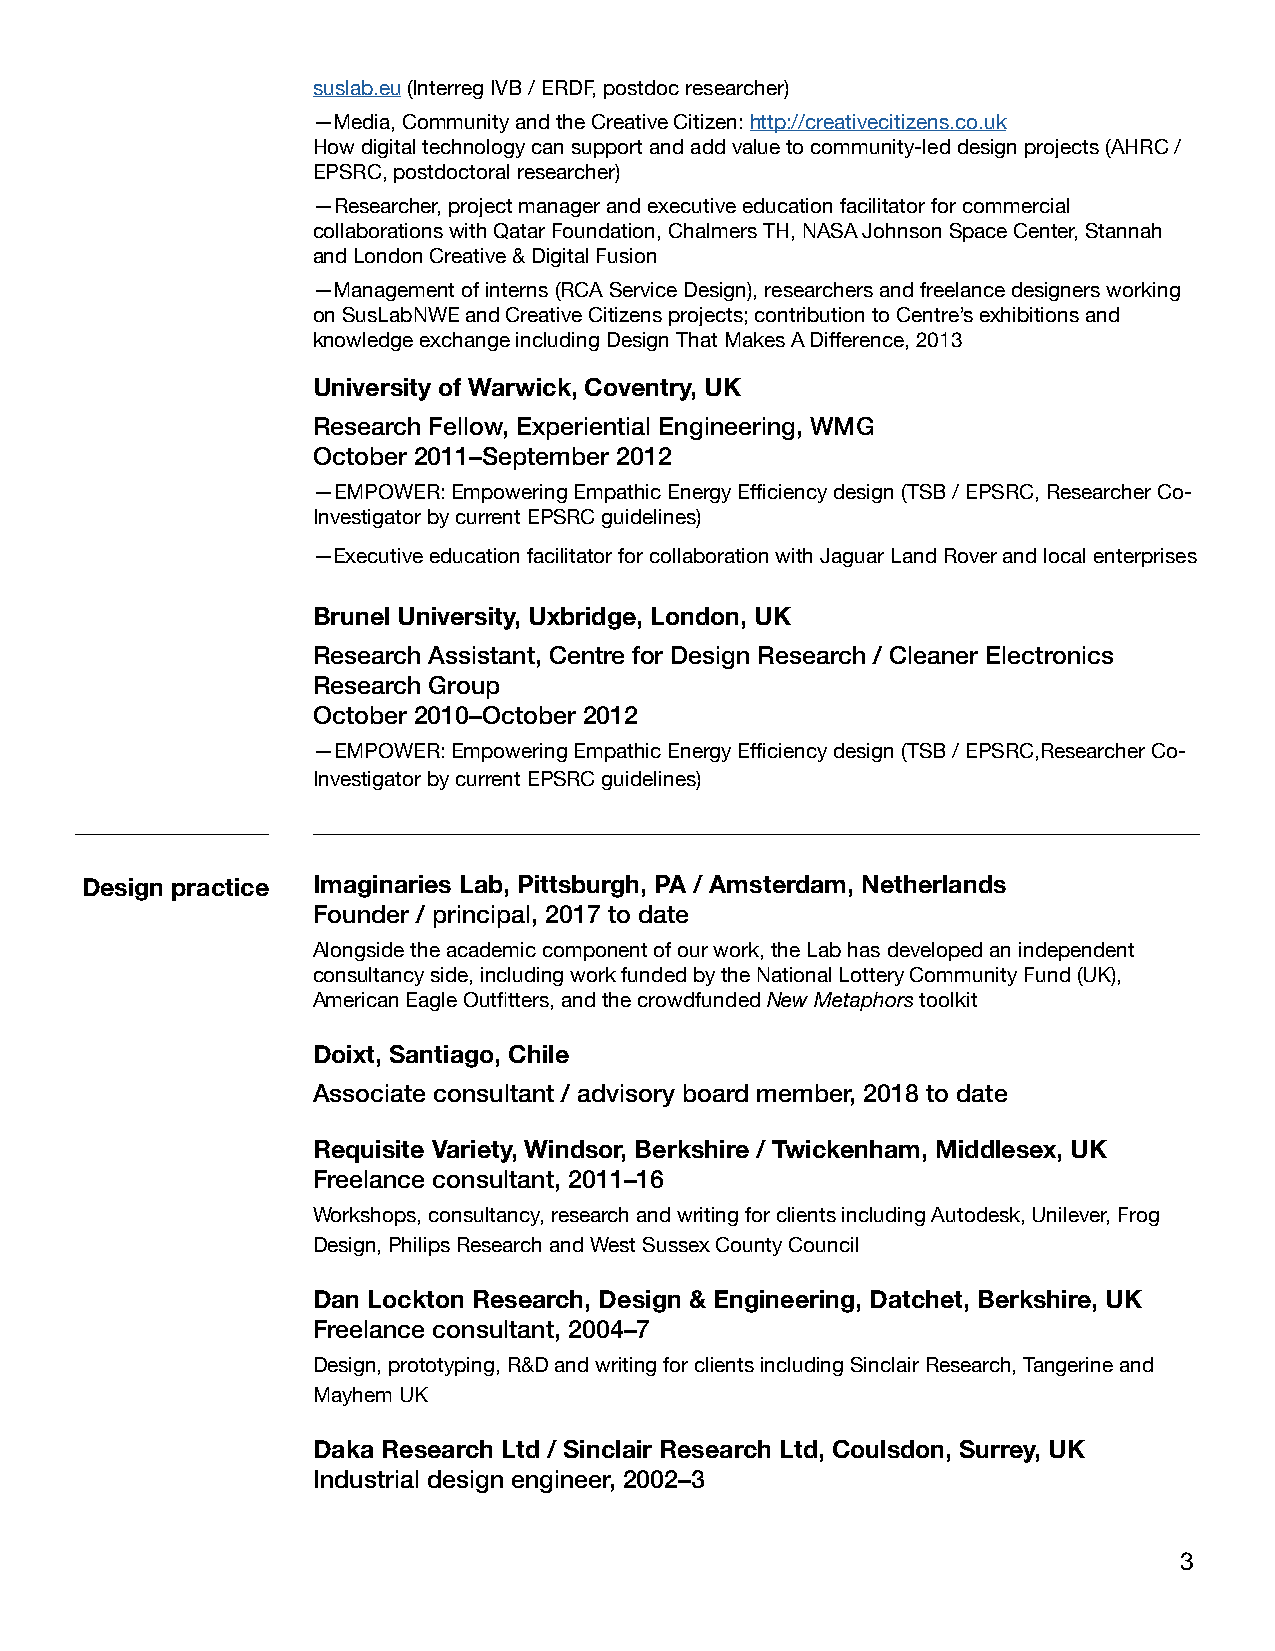
suslab.eu (Interreg IVB / ERDF, postdoc researcher)
 —Media, Community and the Creative Citizen: http://creativecitizens.co.uk
 How digital technology can support and add value to community-led design projects (AHRC /
 EPSRC, postdoctoral researcher)
 —Researcher, project manager and executive education facilitator for commercial
 collaborations with Qatar Foundation, Chalmers TH, NASA Johnson Space Center, Stannah
 and London Creative & Digital Fusion
 —Management of interns (RCA Service Design), researchers and freelance designers working
 on SusLabNWE and Creative Citizens projects; contribution to Centre’s exhibitions and
 knowledge exchange including Design That Makes A Difference, 2013
 University of Warwick, Coventry, UK
 Research Fellow, Experiential Engineering, WMG
 October 2011–September 2012
 —EMPOWER: Empowering Empathic Energy Efficiency design (TSB / EPSRC, Researcher Co-
 Investigator by current EPSRC guidelines)
 —Executive education facilitator for collaboration with Jaguar Land Rover and local enterprises
 Brunel University, Uxbridge, London, UK
 Research Assistant, Centre for Design Research / Cleaner Electronics
 Research Group
 October 2010–October 2012
 —EMPOWER: Empowering Empathic Energy Efficiency design (TSB / EPSRC,Researcher Co-
 Investigator by current EPSRC guidelines)
 Design practice Imaginaries Lab, Pittsburgh, PA / Amsterdam, Netherlands
 Founder / principal, 2017 to date
 Alongside the academic component of our work, the Lab has developed an independent
 consultancy side, including work funded by the National Lottery Community Fund (UK),
 American Eagle Outfitters, and the crowdfunded New Metaphors toolkit
 Doixt, Santiago, Chile
 Associate consultant / advisory board member, 2018 to date
 Requisite Variety, Windsor, Berkshire / Twickenham, Middlesex, UK
 Freelance consultant, 2011–16
 Workshops, consultancy, research and writing for clients including Autodesk, Unilever, Frog
 Design, Philips Research and West Sussex County Council
 Dan Lockton Research, Design & Engineering, Datchet, Berkshire, UK
 Freelance consultant, 2004–7
 Design, prototyping, R&D and writing for clients including Sinclair Research, Tangerine and
 Mayhem UK
 Daka Research Ltd / Sinclair Research Ltd, Coulsdon, Surrey, UK
 Industrial design engineer, 2002–3
 3